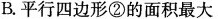
B.平行四边形②的面积最大